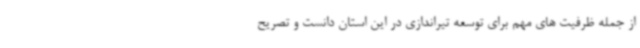
از جمله ظرفیت های مهم برای توسعه تیراندازی در این استان دانست و تصریح